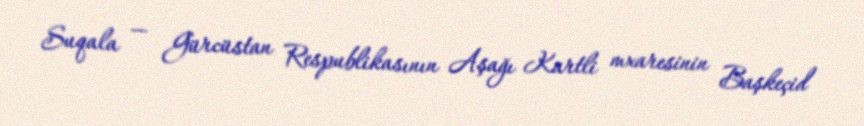
Suqala — Gürcüstan Respublikasının Aşağı Kartli mxaresinin Başkeçid